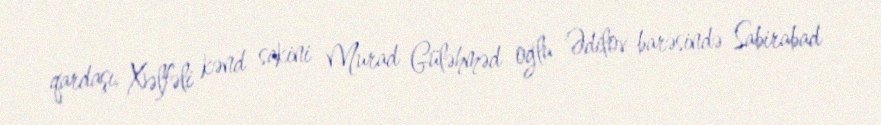
qardaşı, Xəlfəli kənd sakini Murad Güləhməd oğlu Ədilov barəsində Sabirabad